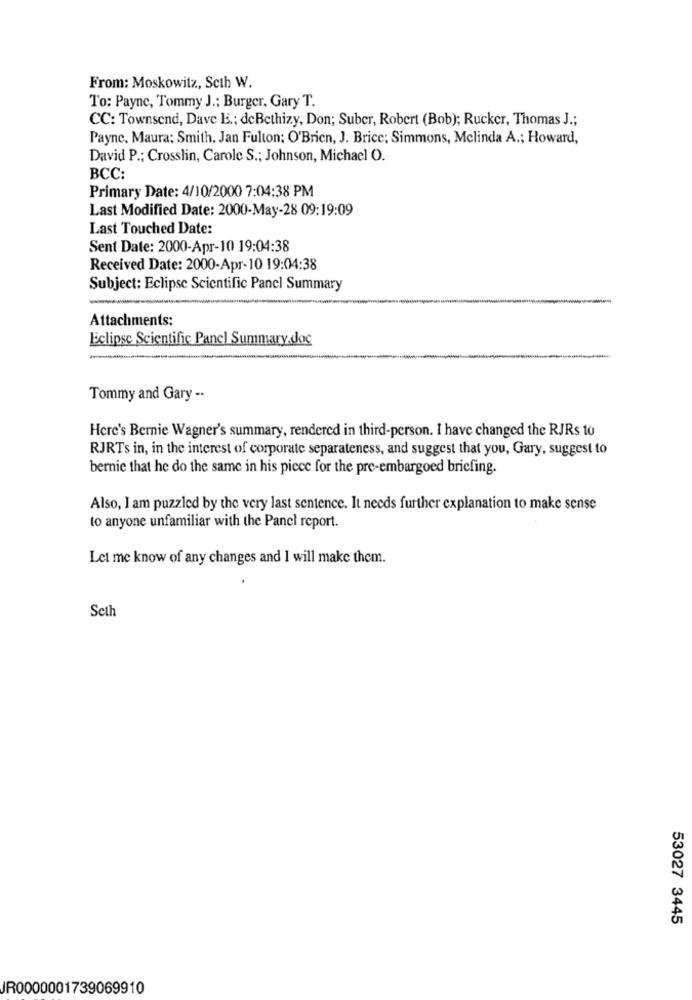
From: Moskowitz, Seth W.
To: Payne, Tommy J .; Burger, Gary T.
CC: Townsend, Dave B .; deBethizy, Don; Suber, Robert (Bob); Rucker, Thomas J .;
Payne, Maura; Smith. Jan Fulton; O'Brien, J. Brice; Simmons, Melinda A .; Howard,
David P .; Crosslin, Carole S .; Johnson, Michacl O.
BCC:
Primary Date: 4/10/2000 7:04:38 PM
Last Modified Date: 2000-May-28 09:19:09
Last Touched Date:
Sent Date: 2000-Apr-10 19:04:38
Received Date: 2000-Apr-10 19:04:38
Subject: Eclipse Scientific Panel Summary
Attachments:
Eclipse Scientific Panel Summary.doc
Tommy and Gary -.
Here's Bernie Wagner's summary, rendered in third-person. I have changed the RJRs to
RJRTs in, in the interest of corporate separateness, and suggest that you, Gary, suggest to
bernie that he do the same in his piece for the pre-embargoed briefing.
Also, I am puzzled by the very last sentence. It needs further explanation to make sense
to anyone unfamiliar with the Panel report.
Let me know of any changes and I will make them.
Seth
53027 3445
JR0000001739069910